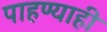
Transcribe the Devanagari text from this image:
पाहण्याही